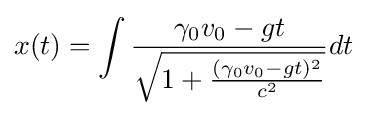
x(t)=\int {\frac {\gamma _{0}v_{0}-gt}{\sqrt {1+{\frac {(\gamma _{0}v_{0}-gt)^{2}}{c^{2}}}}}}dt